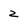
Character: 2